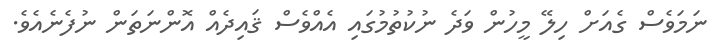
ނަމަވެސް ގެއަށް ހިލޭ މީހުން ވަދެ ނުކުތުމުގައި އެއްވެސް ޤައިދެއް އޮންނަތަން ނުފެނެއެވެ.